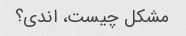
مشکل چیست، اندی؟